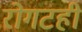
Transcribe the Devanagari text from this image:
रोगटही